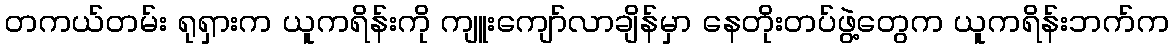
တကယ်တမ်း ရုရှားက ယူကရိန်းကို ကျူးကျော်လာချိန်မှာ နေတိုးတပ်ဖွဲ့တွေက ယူကရိန်းဘက်က